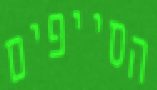
הסייפים